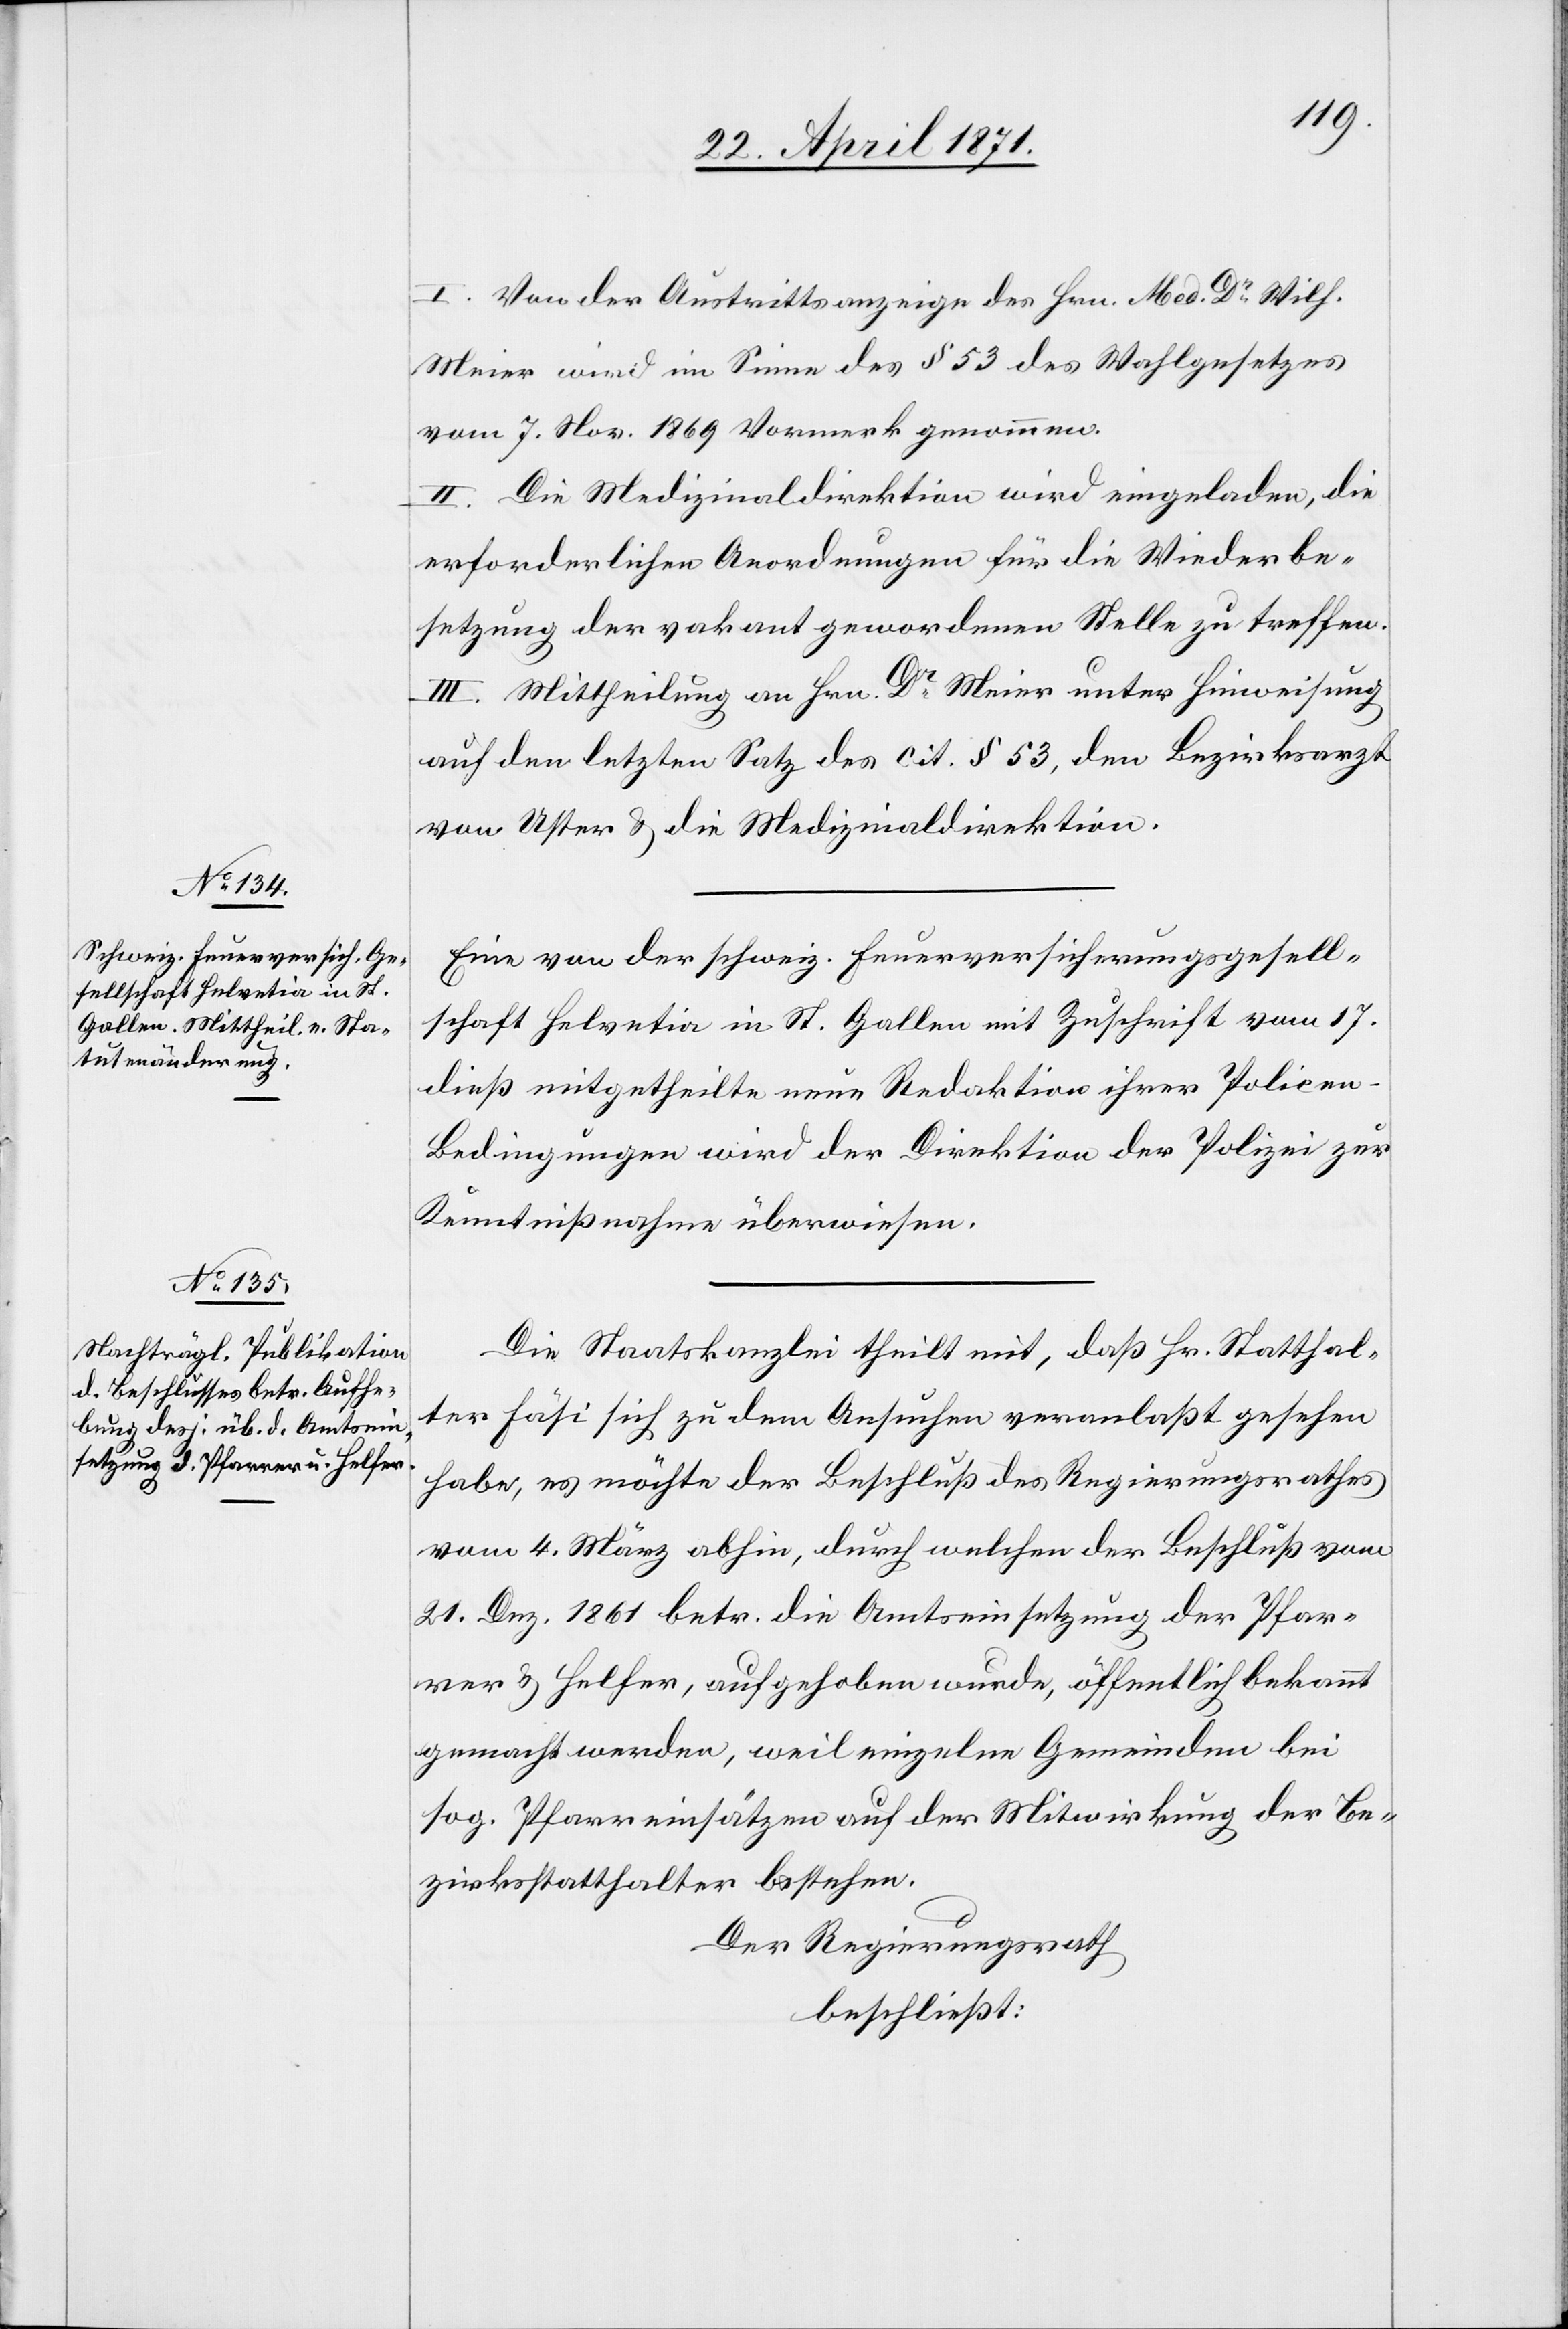
I. Von der Austrittsanzeige des Hrn. Med. Dr. Wilh.
Meier wird im Sinne des § 53 des Wahlgesetzes
vom 7. Nov. 1869 Vormerk genommen.
II. Die Medizinaldirektion wird eingeladen, die
erforderlichen Anordnungen für die Wiederbe¬
setzung der vakant gewordenen Stelle zu treffen.
III. Mittheilung an Hrn. Dr. Meier unter Hinweisung
auf den letzten Satz des cit. § 53, den Bezirksarzt
von Uster u. die Medizinaldirektion.
Eine von der schweiz. Feuerversicherungsgesell¬
schaft Helvetia in St. Gallen mit Zuschrift vom 17.
dieß mitgetheilte neue Redaktion ihrer Policen-B¬
edingungen wird der Direktion der Polizei zur
Kenntnißnahme überwiesen.
Die Staatskanzlei theilt mit, daß Hr. Statthal¬
ter Fäsi sich zu dem Ansuchen veranlaßt gesehen
habe, es möchte der Beschluß des Regierungsrathes
vom 4. März abhin, durch welchen der Beschluß vom
21. Dez. 1861 betr. die Amtseinsetzung der Pfar¬
rer u. Helfer, aufgehoben wurde, öffentlich bekannt
gemacht werden, weil einzelne Gemeinden bei
sog. Pfarreinsätzen auf der Mitwirkung der Be¬
zirksstatthalter bestehen.
Der Regierungsrath
beschließt: